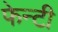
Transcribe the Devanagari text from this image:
फेन्टी